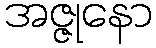
အဇ္ဇုနော